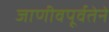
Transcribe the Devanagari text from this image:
जाणीवपूर्वतेने